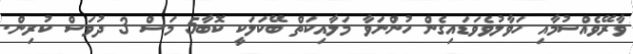
ވާރޭވެއްސުމާއި ހަވާލުވެވަޑައިގެން ހުންނަވާ މަލާއިކަތް ބޭކަލަކީ ކޮބާ5 މަސް 3 ދުވަސް ކުރިން.